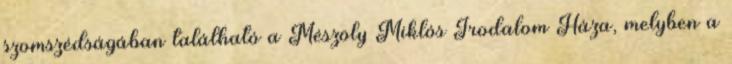
szomszédságában található a Mészöly Miklós Irodalom Háza, melyben a